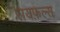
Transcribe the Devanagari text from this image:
रायफ़ल्स